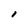
Character: I